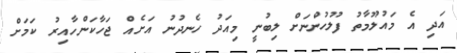
އަދި އެ މައުލޫމާތު ފުލުހުންނަށް ލިބުނީ މިއަދު ހެނދުނު އަށެއް ޖަހާކަންހާއިރު ކަމަށް